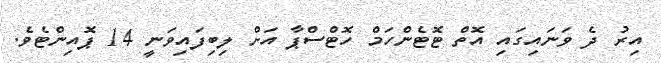
އިރު ދެ ވަނައިގައި އޮތް ޓޮޓެންހަމް ހޮޓްސްޕާ އަށް ލިބިފައިވަނީ 14 ޕޮއިންޓެވެ.